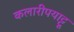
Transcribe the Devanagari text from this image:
कलारीपयाट्टू